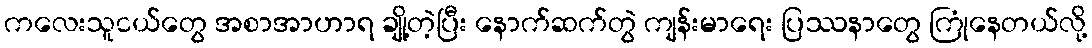
ကလေးသူငယ်တွေ အစာအာဟာရ ချို့တဲ့ပြီး နောက်ဆက်တွဲ ကျန်းမာရေး ပြဿနာတွေ ကြုံနေတယ်လို့